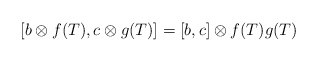
\begin{align*}[b\otimes f(T), c\otimes g(T)]=[b, c] \otimes f(T)g(T)\end{align*}